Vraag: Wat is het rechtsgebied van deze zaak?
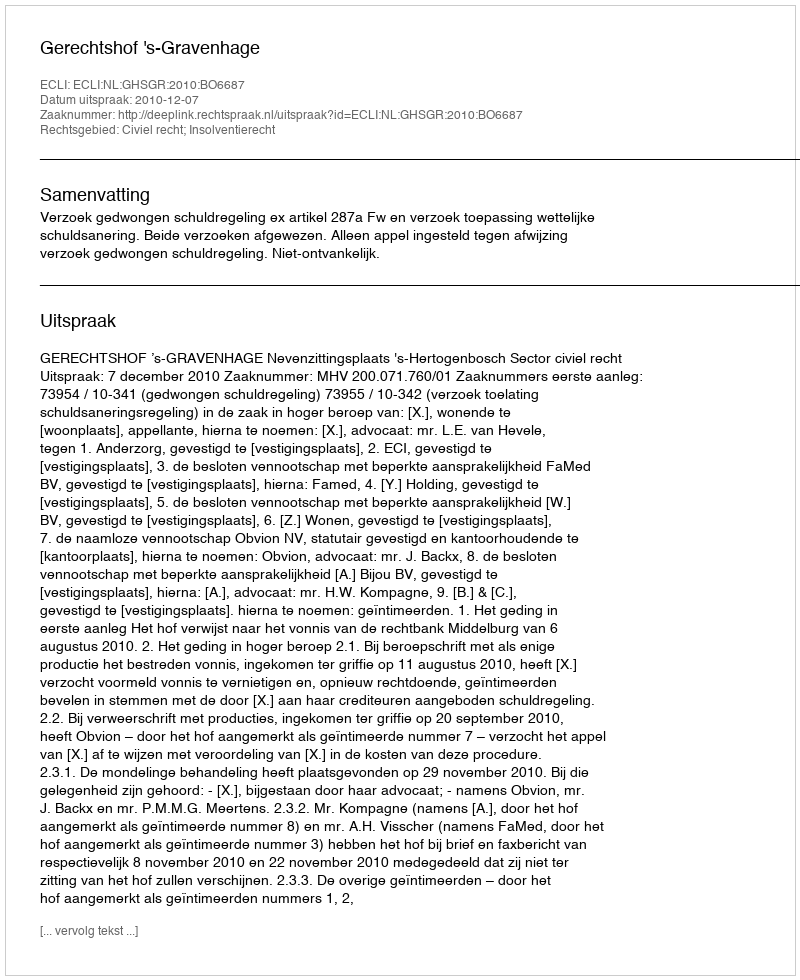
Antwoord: Civiel recht; Insolventierecht